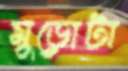
মুড়োটা